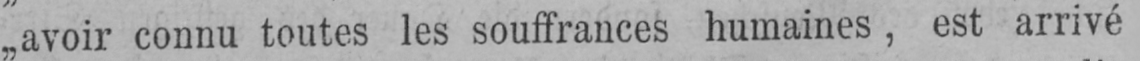
„avoir connu toutes les souffrances humaines, est arrivé